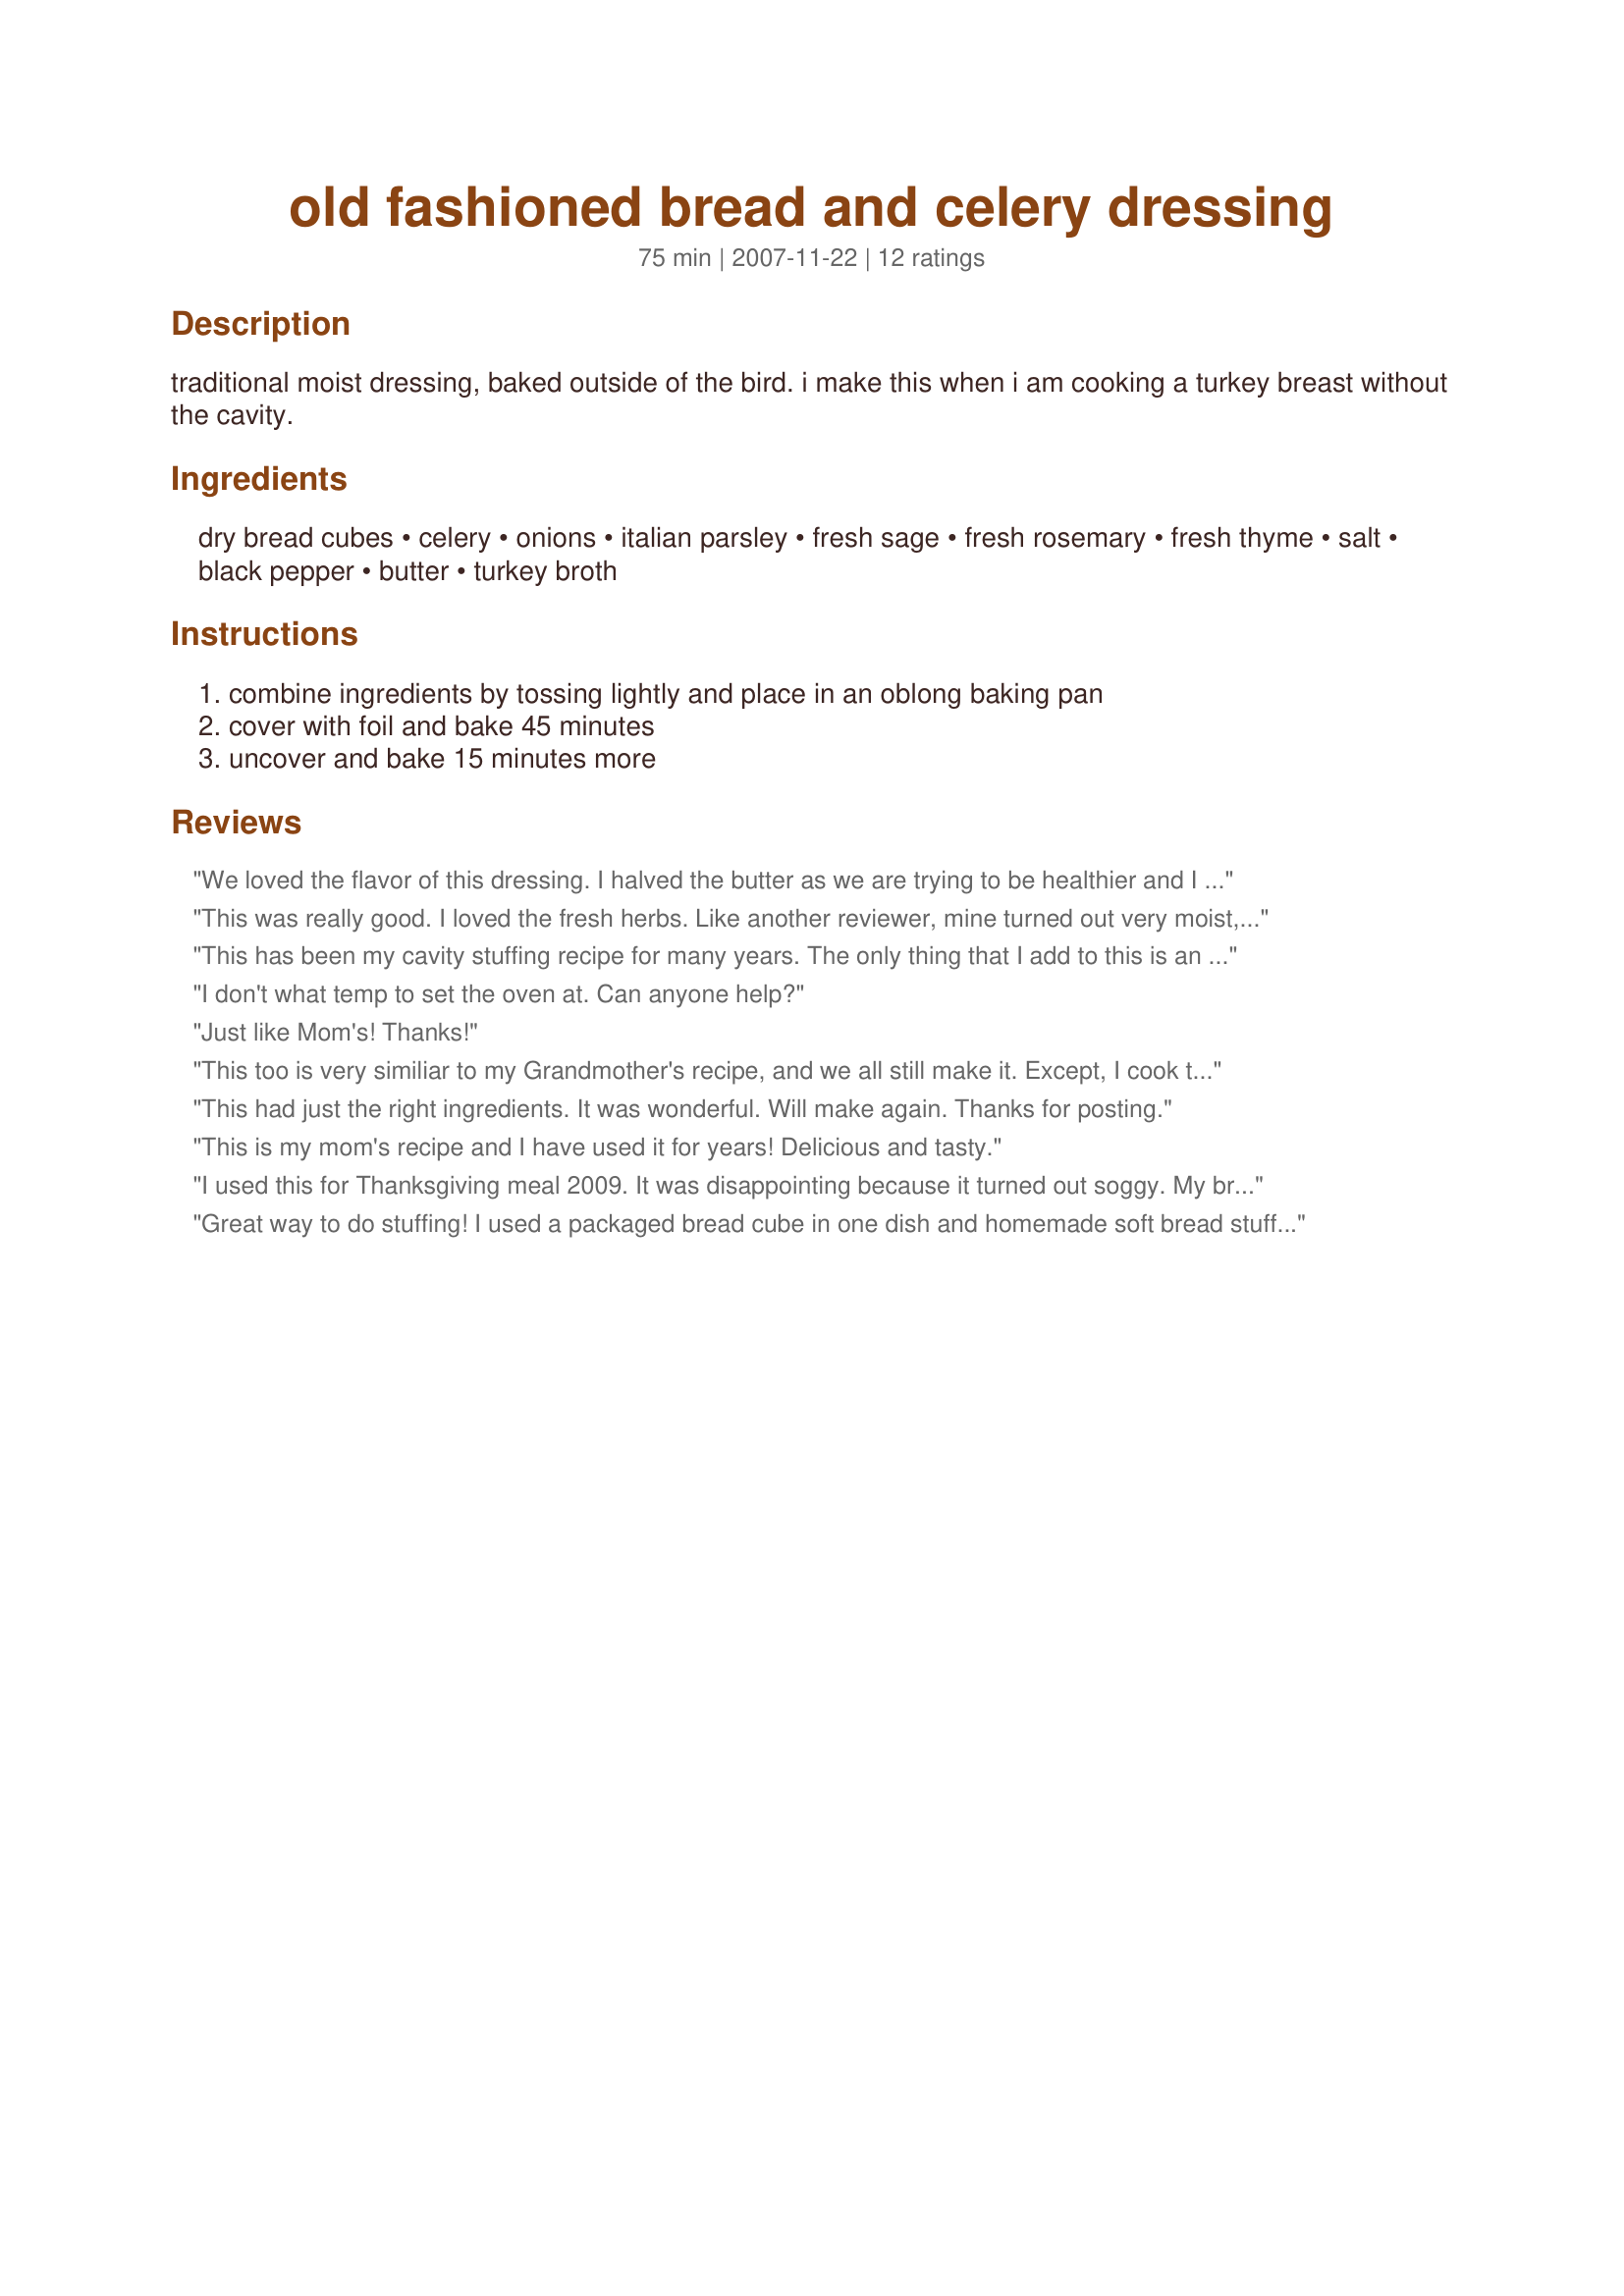
old fashioned bread and celery dressing
Preparation time: 75 minutes

traditional moist dressing, baked outside of the bird. i make this when i am cooking a turkey breast without the cavity.

Ingredients:
dry bread cubes, celery, onions, italian parsley, fresh sage, fresh rosemary, fresh thyme, salt, black pepper, butter, turkey broth

Steps:
combine ingredients by tossing lightly and place in an oblong baking pan, cover with foil and bake 45 minutes, uncover and bake 15 minutes more

Reviews:
We loved the flavor of this dressing. I halved the butter as we are trying to be healthier and I probably used a higher proportion of vegetables to bread. I didn&#039;t find it too moist but let the bread cubes go stale for a couple of days. Next time, I will most likely stir it together more before cooking so the bread holds it together- just personal preference in texture.
This was really good. I loved the fresh herbs. Like another reviewer, mine turned out very moist, some might think overly moist, but I like it that way, so I was happy with it. The only change I made was to add an egg to it, just because that's how I always make my dressing. Thanks Sue for a very tasty recipe!!
This has been my cavity stuffing recipe for many years. The only thing that I add to this is an egg.
My mother handed this down to me. She was 4th. generation Australian from German settlers who farmed in the Wilpena Pound area of outback South Australia, s many of her recipes had a German twist to them.
I don't what temp to set the oven at. Can anyone help?
Just like Mom's! Thanks!
This too is very similiar to my Grandmother's recipe, and we all still make it. Except, I cook the giblets, grind w/old fashion meat grinder and add to the dressing for wonderful flavor. Instead of broth, I use the stock that i cooked the giblets in, adding celery, carrot onion (whole chunks) to the water. I also stuff the bird and what is left, I cook in a casserole on the side.
This had just the right ingredients. It was wonderful. Will make again. Thanks for posting.
This is my mom's recipe and I have used it for years! Delicious and tasty.
I used this for Thanksgiving meal 2009. It was disappointing because it turned out soggy. My breadcrumbs were probably not dry enough so I shouldn't have added all the liquid. Experienced dressing makers probably would have been able to tell, I'm sure. I'm going to try again because I love the fresh herbs. Next time I'll hold the liquid.
Great way to do stuffing! I used a packaged bread cube in one dish and homemade soft bread stuffing in another. My guest could not decide which was better. The homemade cube was a softer and more moist dressing, the onions and celery really crunched! The other was just like my family favorite. Delicious!
This has grown with my family for years, I just thought it was what my Mother did. It has always been great-----------j
I never use an actual recipe but looks like a great base recipe to start with. For those complaining about sogginess the issue could be multiple things like using a smaller pan or not drying out your fresh bread cubes long enough. I cut the night before and then dried in the oven at lowest temperature until they feel like croutons. This isn't Stove Top so it will not have the same amount of &quot;moisture&quot; before cooking. You want the mixture to all be completely tossed before putting in baking pan . I used diced red onions and celery. Softened them up on medium low heat and added freshly minced rosemary, s&amp;up, parsley, and Herbs de Province. Made my chicken stock from a refrigerated chicken base which I added to boiling water and fresh sage .....going to wait and see but this was it before popping into oven at 350* (took a guess)
